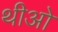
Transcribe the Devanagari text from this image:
थीओ